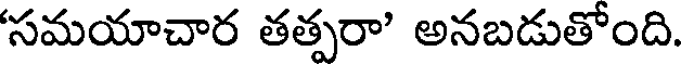
సమయాచార తత్పరా' అనబడుతోంది.